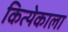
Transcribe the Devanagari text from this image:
कित्येकाला